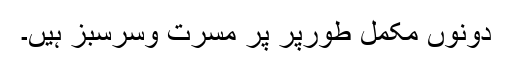
دونوں مکمّل طورپر پُر مسّرت وسرسبز ہیں۔